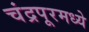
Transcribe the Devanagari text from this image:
चंद्रपूरमध्ये